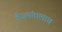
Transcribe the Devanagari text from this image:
वैजयंतालाच